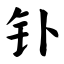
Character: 钋